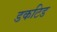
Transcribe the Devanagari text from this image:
डकटिड